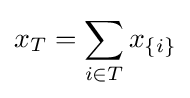
x_{T}=\sum _{i\in T}x_{\{i\}}